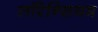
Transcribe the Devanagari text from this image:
लॉरेन्सियम